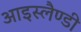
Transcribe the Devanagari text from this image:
आइस्लैण्डी